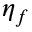
\eta _ { f }